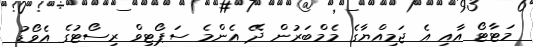
މަޓާޓޯ އާއި އެ ޖަމިއްޔާގެ މެމްބަރުން ދޭ އެންމެ ސަޕޯޓިވް ރިސޯޓުގެ އެވޯޑު